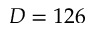
D = 1 2 6